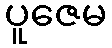
ပူဇေမ